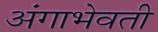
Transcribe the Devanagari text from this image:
अंगाभेवती